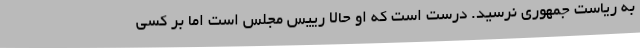
به ریاست جمهوری نرسید. درست است که او حالا رییس مجلس است اما بر کسی